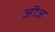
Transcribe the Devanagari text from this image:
जीज